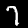
Label: 7